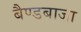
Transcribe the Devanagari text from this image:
बैण्डबाजा